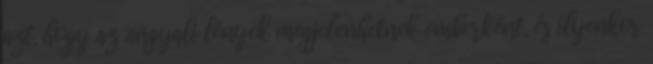
azt, hogy az angyali lények megjelenhetnek emberként, és ilyenkor